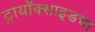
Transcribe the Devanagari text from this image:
ट्रायॉक्साइडचा